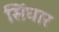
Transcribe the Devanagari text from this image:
सिंघार